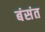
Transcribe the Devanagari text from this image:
बंसंत